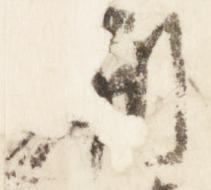
刷